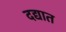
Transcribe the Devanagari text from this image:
दद्यात